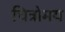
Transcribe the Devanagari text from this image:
चित्रोमय